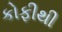
કોફીથી